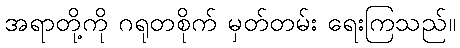
အရာတို့ကို ဂရုတစိုက် မှတ်တမ်း ရေးကြသည်။